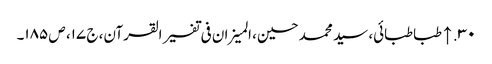
۳۰. ↑ طباطبائی، سید محمد حسین، المیزان فی تفسیر القرآن، ج ۱۷، ص ۱۸۵۔